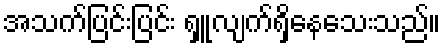
အသက်ပြင်းပြင်း ရှူလျက်ရှိနေသေးသည်။